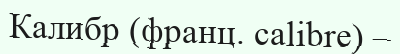
Калибр (франц. calіbre) –